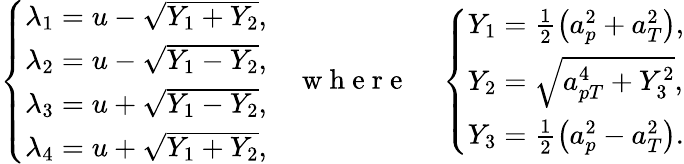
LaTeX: \left\{ \begin{array}{ll}{\lambda_{1}=u-\sqrt{Y_{1}+Y_{2}},}\\ {\lambda_{2}=u-\sqrt{Y_{1}-Y_{2}},}\\ {\lambda_{3}=u+\sqrt{Y_{1}-Y_{2}},}\\ {\lambda_{4}=u+\sqrt{Y_{1}+Y_{2}},}\end{array}\right.\quad\mathrm{~w~h~e~r~e~}\quad\left\{ \begin{array}{ll}{Y_{1}=\frac{1}{2}\left(a_{p}^{2}+a_{T}^{2}\right),}\\ {Y_{2}=\sqrt{a_{pT}^{4}+Y_{3}^{2}},}\\ {Y_{3}=\frac{1}{2}\left(a_{p}^{2}-a_{T}^{2}\right).}\end{array}\right.